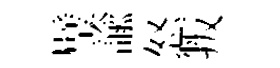
璧諭怒叛